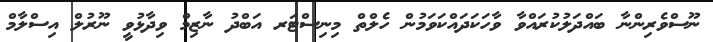
ނޫސްވެރިންނާ ބައްދަލުކުރައްވާ ވާހަކަދައްކަވަމުން ހެލްތް މިނިސްޓަރ އަބްދު ނާޒިމް ވިދާޅުވީ ނޫރުލް އިސްލާމް